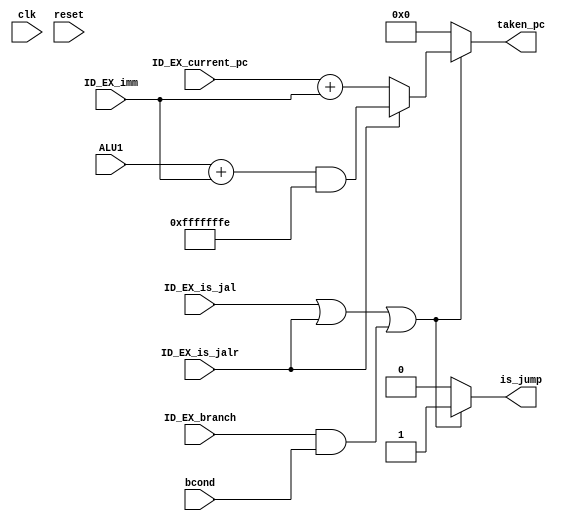
`timescale 1ns / 1ps
//////////////////////////////////////////////////////////////////////////////////
// Company: 
// Engineer: 
// 
// Design Name: 
// Module Name: jump_unit
// Project Name: 
// Target Devices: 
// Tool Versions: 
// Description: 
// 
// Dependencies: 
// 
// Revision:
// Revision 0.01 - File Created
// Additional Comments:
// 
//////////////////////////////////////////////////////////////////////////////////


module jump_unit(
    input wire clk,
    input wire reset,
    input wire ID_EX_is_jal,
    input wire ID_EX_is_jalr,
    input wire ID_EX_branch,
    input wire [31:0] ALU1,
    input wire [31:0] ID_EX_imm,
    input wire [31:0] ID_EX_current_pc,
    input wire bcond,
    output reg is_jump,
    output reg [31:0] taken_pc
    );
     // taken   PC
  always @(*) begin
    if(ID_EX_is_jal||ID_EX_is_jalr||(ID_EX_branch&&bcond)) begin //   -> JAL, JALR, BXX taken
      is_jump <= 1;
      if(ID_EX_is_jalr) begin
        taken_pc <= (ALU1+ID_EX_imm)&32'hFFFFFFFE; //FORWARDING.  ID_EX_imm
      end
      else begin
        taken_pc <= ID_EX_current_pc+ID_EX_imm;
      end
    end
    else begin //   ->  
      is_jump <= 0;
      taken_pc <= 0;
    end
  end
    
endmodule